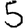
Digit: 5